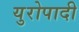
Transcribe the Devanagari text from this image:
युरोपादी